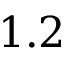
1 . 2